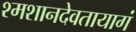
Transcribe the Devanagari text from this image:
श्मशानदेवतायागं